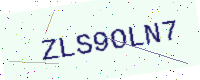
Text: ZLS9OLN7